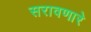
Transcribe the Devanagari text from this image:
सरावणारे